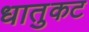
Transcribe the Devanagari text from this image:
धातुकट